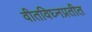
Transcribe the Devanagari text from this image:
वीतविघ्नप्रतीत